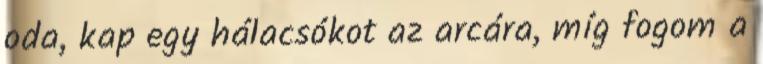
oda, kap egy hálacsókot az arcára, míg fogom a